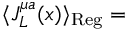
\langle J _ { L } ^ { \mu a } ( x ) \rangle _ { \mathrm { R e g } } =